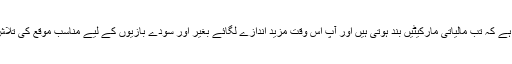
سب سے بہتر وقت جب کہ آپ اپنا تجزیہ کر سکتے ہیں وہ ہر ہفتہ یا ہر اتوار ہے، اس کی وجہ یہ ہے کہ تب مالیاتی مارکیٹیں بند ہوتی ہیں اور آپ اس وقت مزید اندازے لگائے بغیر اور سودے بازیوں کے لیے مناسب موقع کی تلاش میں نہیں ہوتے؛ اس طرح آپ کو زیادہ سوچ بچار کا وقت اور توجہ کی مرکوزیت مل جائے گی۔